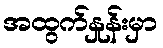
အထွက်နှုန်းမှာ